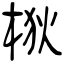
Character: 梑